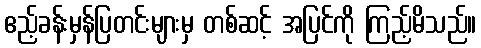
ဧည့်ခန်းမှန်ပြတင်းများမှ တစ်ဆင့် အပြင်ကို ကြည့်မိသည်။